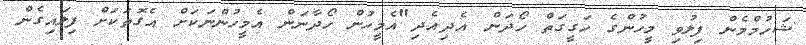
ޝަހުމްމެން ފިލުވި މީހުންގެ ހަގީގަތް ހޯދަން އެދިއެދި"އެމީހުން ހޯދާނަން އެމީހުންނަކަށް އެގޮތަކަށް ފިލައިގެން